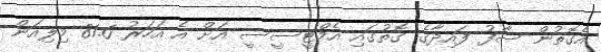
އެގޮތުން ސާފު ފައިދާގެ ގޮތުގައި އެމްޓީސީސީ އަށް އެ އަހަރު 81.6 މިލިއަން